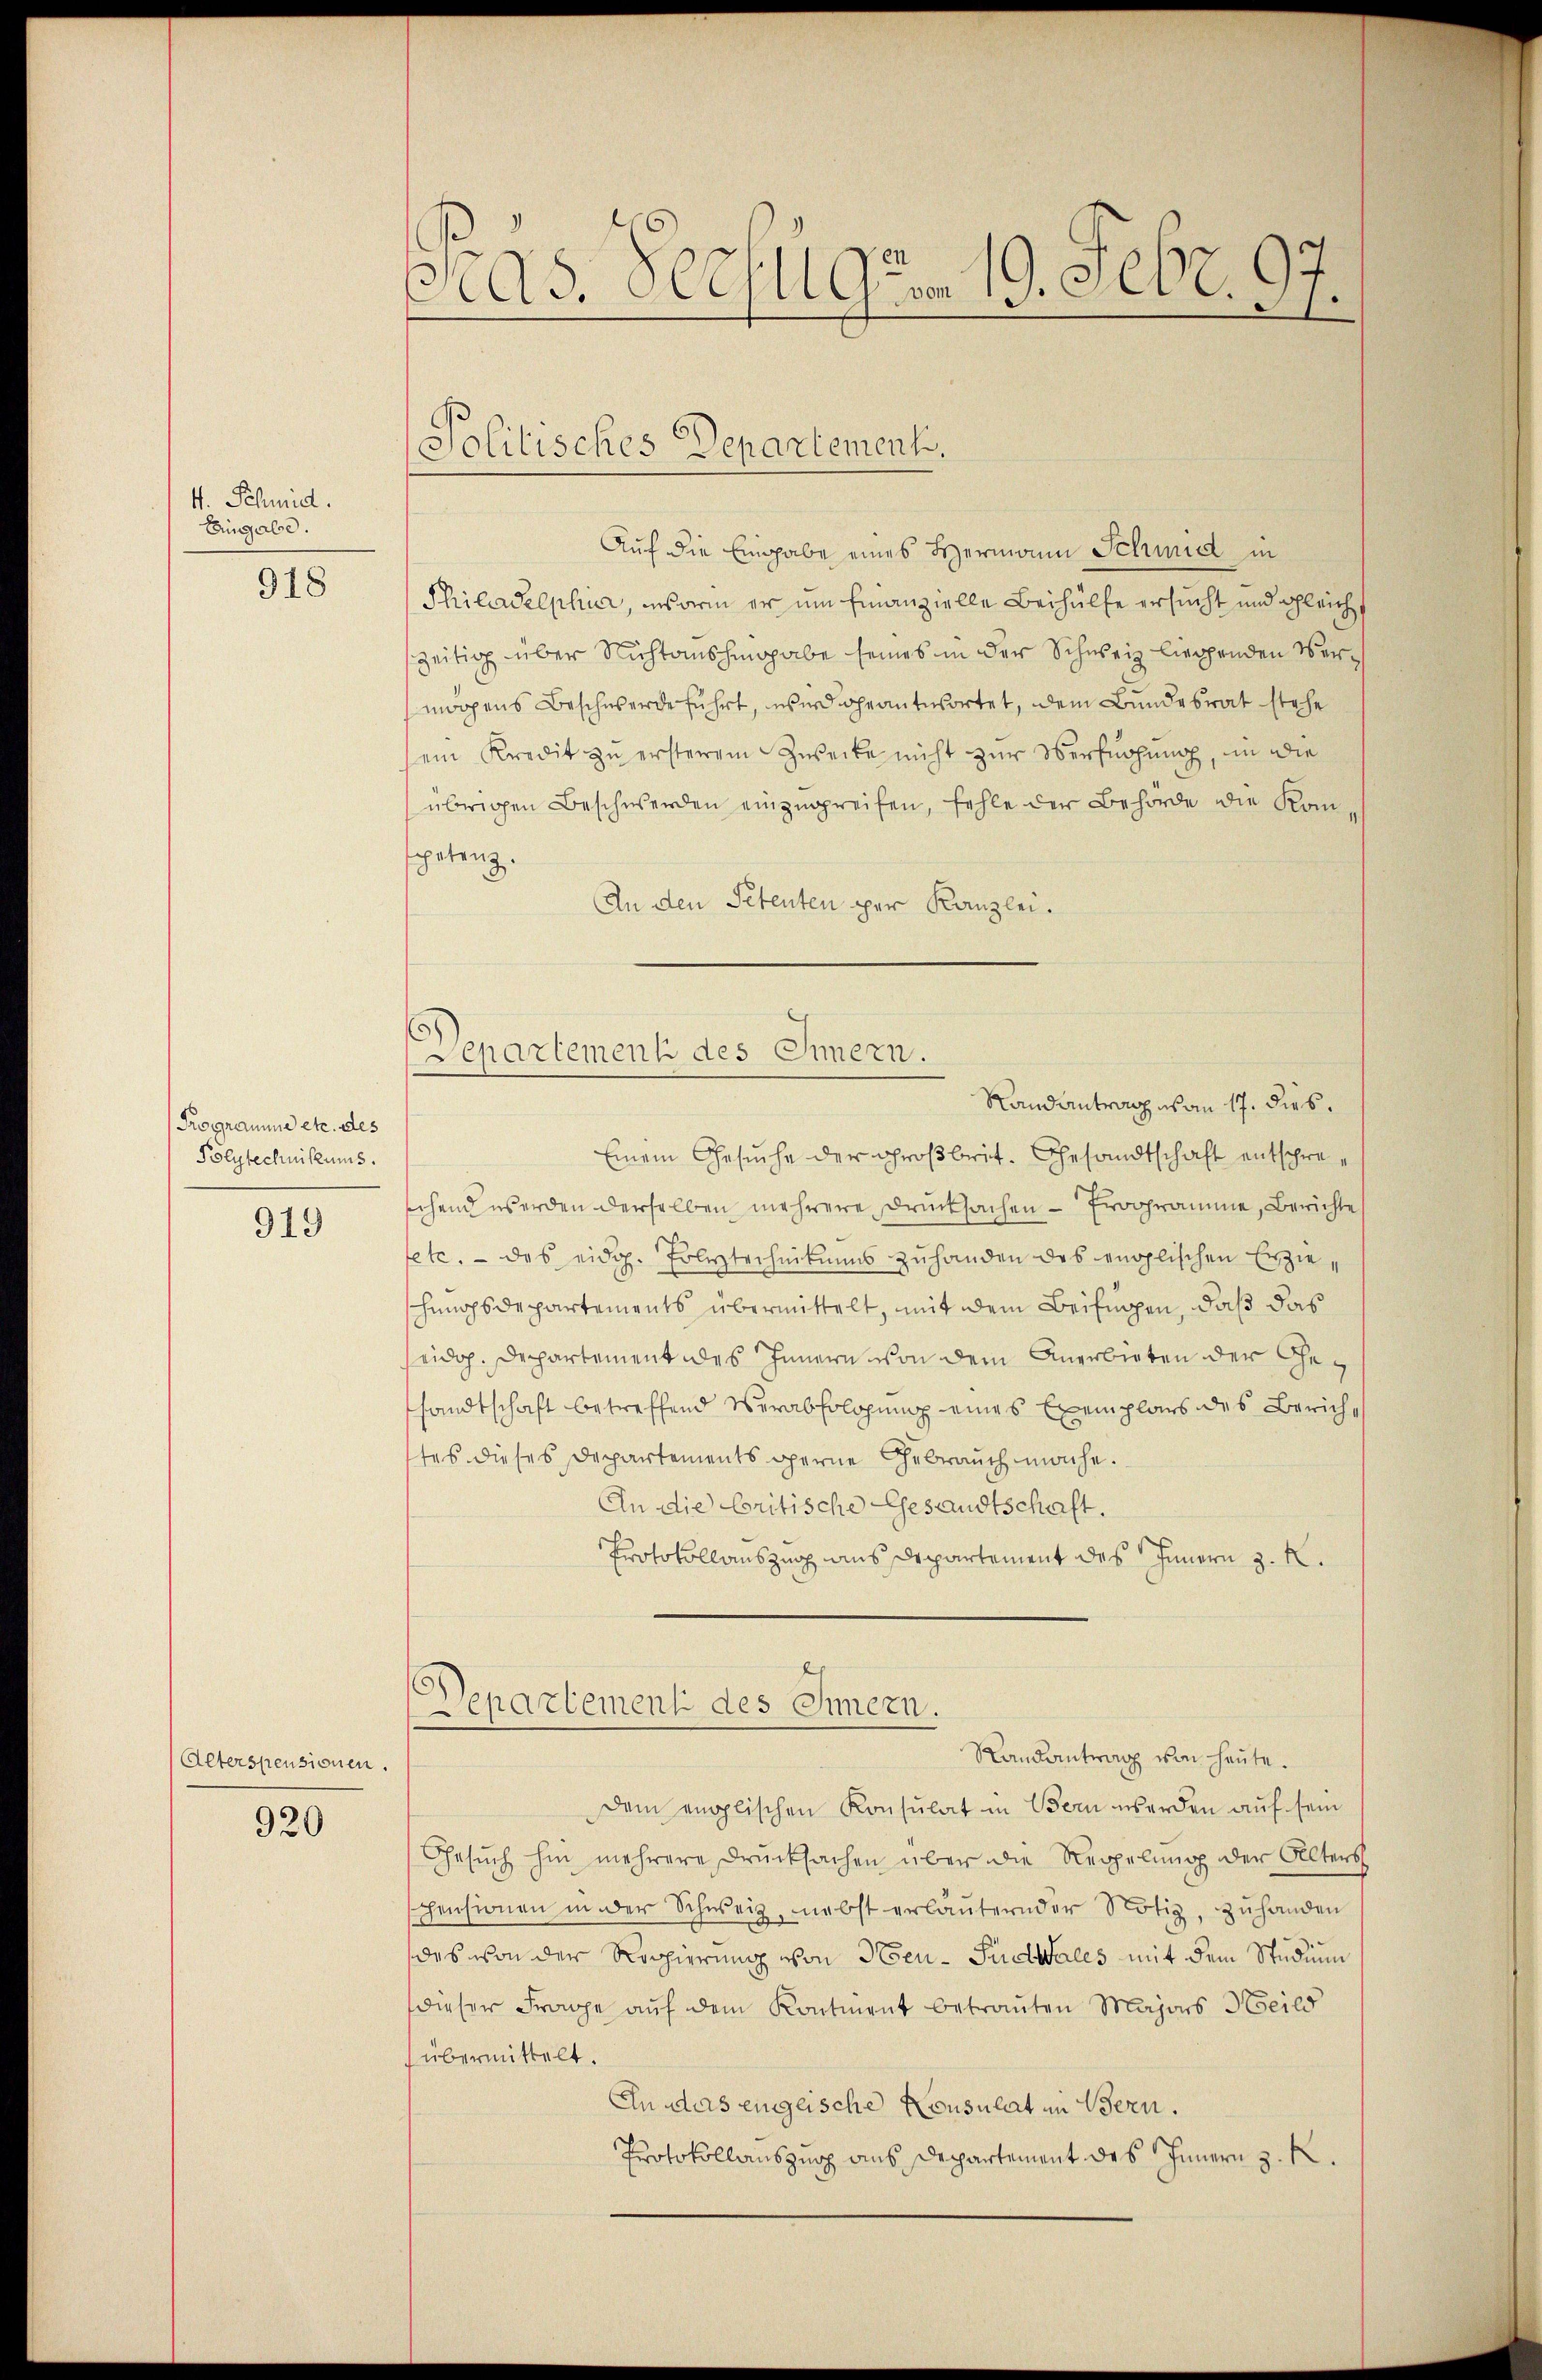
4. Schmid.
Eingabe.

918

Programme etc. des
Polytechnikums.

919

Alterspensionen.

920

Präs. Schulgen 19. Febr. 97.

Politisches Departement.

Auf die Eingabe eines Hermann Schmid in
Philadelphur, worin er um Finanzielle Beihülfe ersucht und gleich
szeitig über Nichtaushingabe seines in der Schweiz liegenden Vermögens Beschwerde führt, wird geantwortet, dem Bundesrat stehe
sein Kredit zu ersterem Zwecke nicht zur Oberfügung, in die
übrigen Beschwerden einzugreifen, fehle der Behörde die Komspetenz.
An den Petenten per Kanzlei.
Departement des Innern.
Randantrag von 17. dies.
Einem Gesuche der Großbrit. Gesandtschaft entspreschend werden derselben mehrere Drucksachen - Programme, Berichte
etc. - das eidg. Polytechnikums zuhanden des englischen Erzieschuhsdepartements übermittelt, mit dem Beifügen, daß das
seidop. Departement des Innern von dem Anerbieten der Gesandtschaft betreffend Verabfolgung eines Exemplars des Zürichtes dieses Departements gerne Gebrauch mache.
An die Critische Gesandtschaft.
Protokollauszug aus Departement des Innern z. K.

Departement des Innern.
Randantrag von heute.

Dem englischen Konsulat in Bern werden auf sein
Gesŭch hin mehrere Drucksachen über die Reppelung der Alters
pensionen in der Schweiz, nebst erläuternder Notiz, zuhanden
das von der Regierung von Neu- Puddales mit dem Studium
dieser Frage auf dem Kontient betrauten Majors Heild
übermittelt.
An das einglische Konsulat in Bern.
Protokollanszuop ans Departement des Innern z. K.